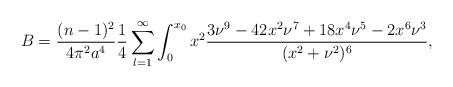
LaTeX: \begin{align*}B= \frac{(n-1)^2}{4 \pi^2 a^4}\frac{1}{4}\sum_{l=1}^{\infty}\int_0^{x_0}x^2\frac{3\nu^9-42x^2\nu^7+18x^4\nu^5-2x^6\nu^3}{(x^2+\nu^2)^6},\end{align*}